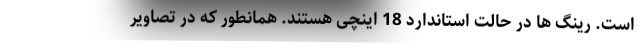
است. رینگ ها در حالت استاندارد 18 اینچی هستند. همانطور که در تصاویر